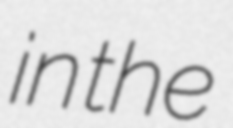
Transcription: in the